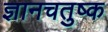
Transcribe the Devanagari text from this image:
ज्ञानचतुष्क